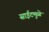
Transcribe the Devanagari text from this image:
साईटमुळे